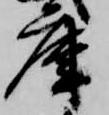
庫